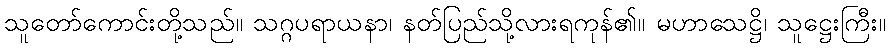
သူတော်ကောင်းတို့သည်။ သဂ္ဂပရာယနာ၊ နတ်ပြည်သို့လားရကုန်၏။ မဟာသေဋ္ဌိ၊ သူဋ္ဌေးကြီး။